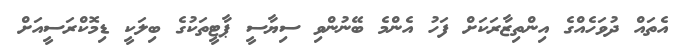
އެތައް ދުވަހެއްގެ އިންތިޒާރަކަށް ފަހު އެންމެ ބޭނުންވި ސިޔާސީ ޕާޓީތަކުގެ ބިލަކީ ޑިމޮކްރަސީއަށް